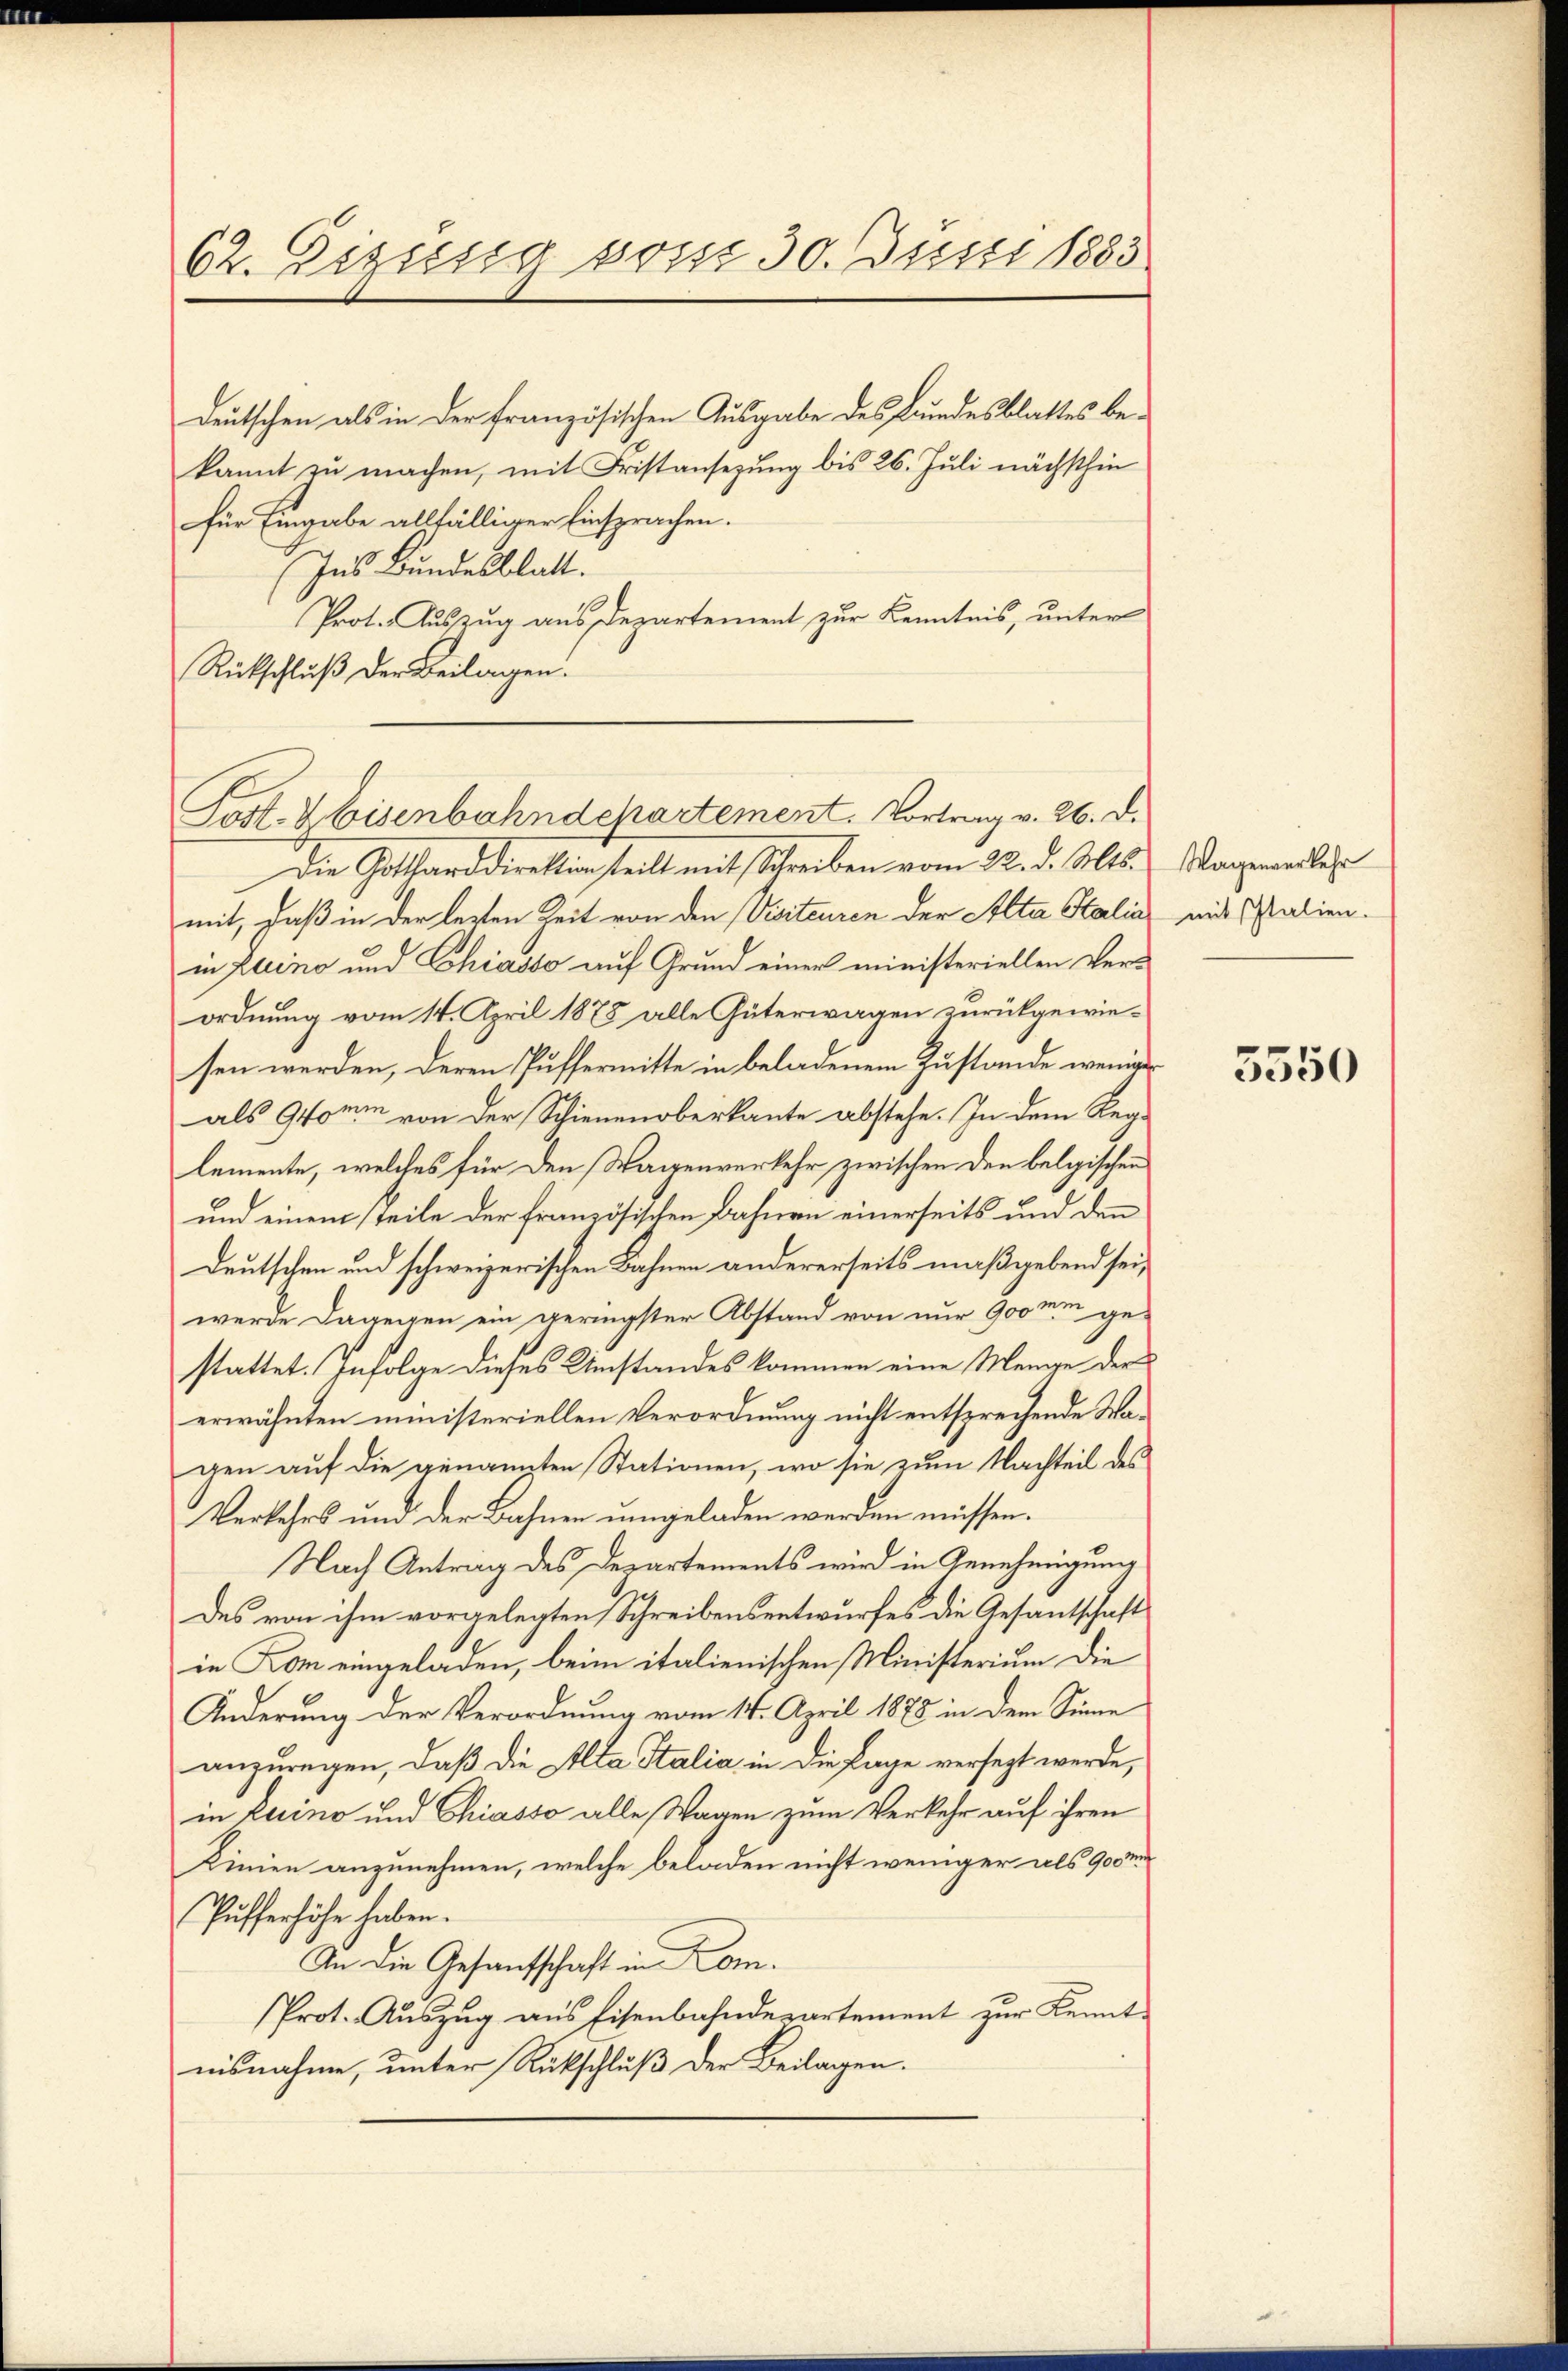
62. Eizung vom 30. Juni 1883

deutschen als in der französischen Ausgabe des Bundesblattes bekannt zu machen, mit Fristansezung bis 26. Juli nächsthin
für Eingabe allfälliger Einsprachen.
Ins Bundesblatt.
Prot. Auszug aus Departement zur Kenntnis, unter
Rückschluß der Beilagen.

Post. V Eisenbahndchartement. Vortrag v. 26. d.

Die Gottland direktion stellt mit Schreiben vom 22. d. Mts.
mit, daß in der lezten Zeit von den Visiteuren der Alta Stalia
in pleno und Lohiasso auf Grund einer ministeriellen Verordnung vom 14. April 1878 alle Güterwagen zurückgewiesen werden, deren Puffermitte in beladenem Zustande weniger
als Geomm von der Schienenoberkante abstehe. In dem Reglemente, welches für den Wagenverkehr zwischen den belgischen
und einem Teile der französischen Bahnen einerseits und den
Deutschen und schweizerischen Bahnen andererseits maßgebend sei,
werde dagegen ein geringster Abstand von nur 900 me ge-
stattet. Infolge dieses Umstandes kommen eine Menge der
erwähnten ministeriellen Verordnung nicht entsprechende Wagen auf die genannten Stationen, wo sie zum Nachteil des
Verkehrs und der Bahnen eingeladen werden müssen.
Nach Antrag des Departements wird in Genehmigung
des von ihm vorgelegten Schreibensentwurfes die Gesantschaft
in Kom eingeladen, beim italienischen Ministerium die
Änderung der Verordnung vom 14. April 1878 in dem Sinne
anzuregen, daß die Alta Italia in die Lage versezt werde,
in Luino und Chiasso alle Wagen zum Verkehr auf ihren
Kinien anzunehmen, welche beladen nicht weniger als 900 m
Pufferhöhe haben.
In die Gesantschaft in Kom¬
Prot. Aŭszŭg aŭs Eisenbahndepartement zŭr Kennt-
nisnahme, unter Rückschluß der Beilagen.

Wagenverkehr
mit Italien.

5550